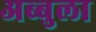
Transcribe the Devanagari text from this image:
अब्बुला